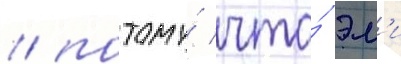
/ потому́ что́ эм'и